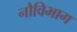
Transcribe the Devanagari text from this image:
नौविभाग